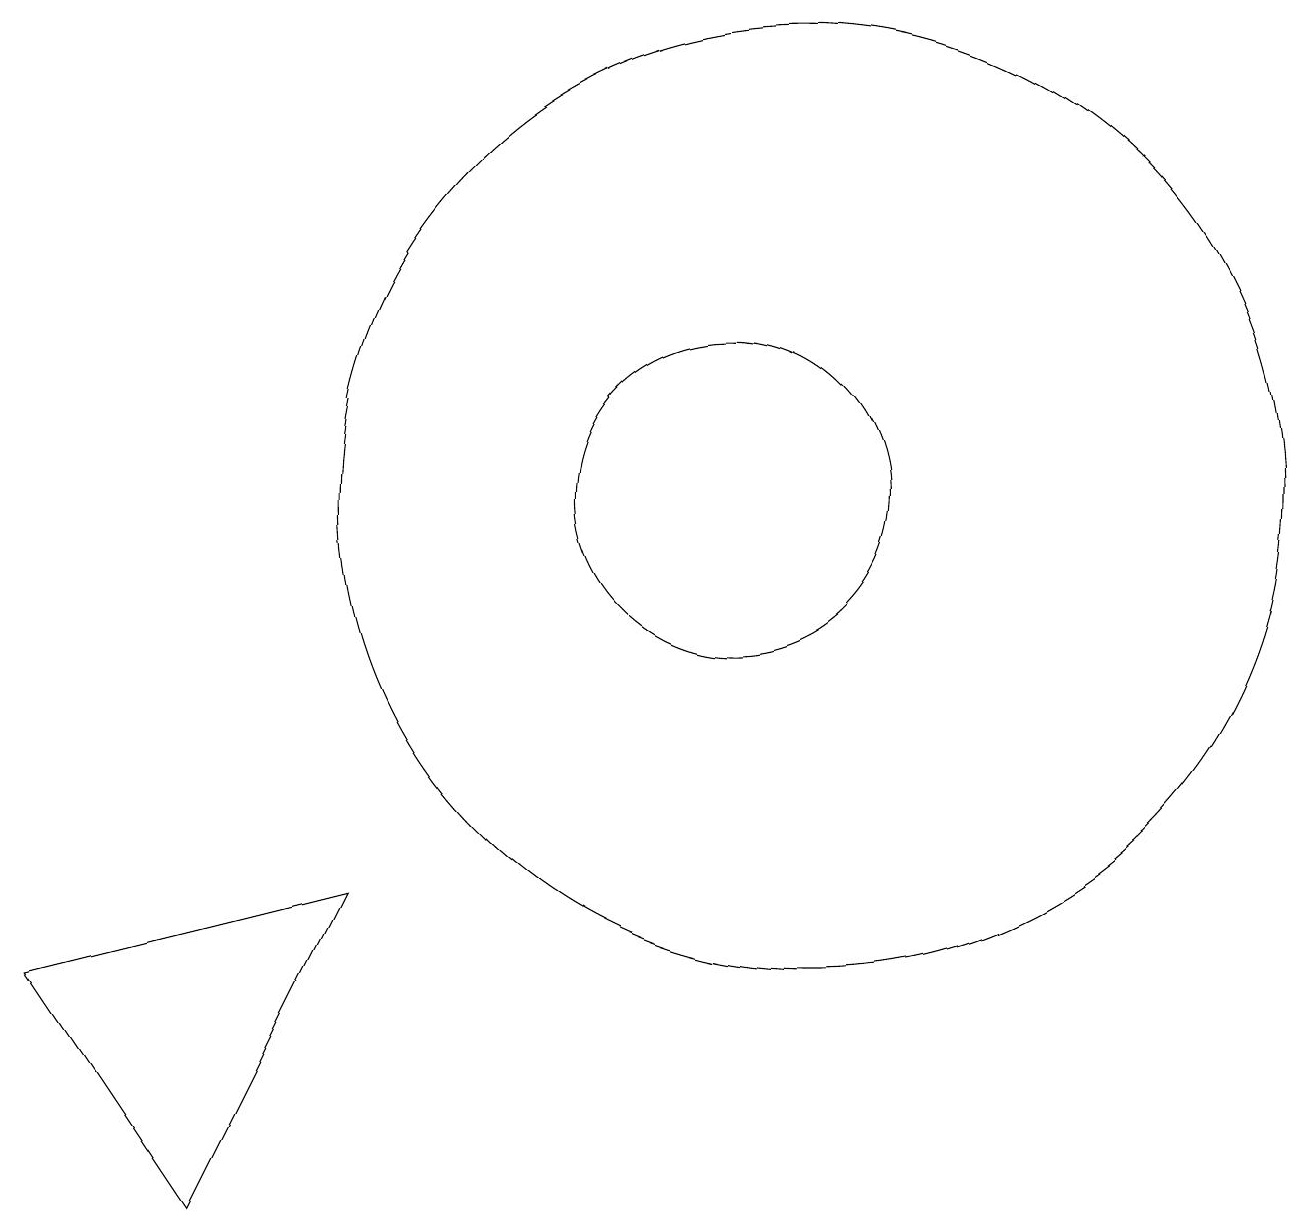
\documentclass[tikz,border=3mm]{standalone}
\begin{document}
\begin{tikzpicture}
\draw (11,11) circle (2);
\draw (4,2) -- (2,5) -- (6,6) -- cycle;
\draw (12,11) circle (6);
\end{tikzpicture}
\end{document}